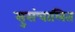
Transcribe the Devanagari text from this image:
सुसंचालित